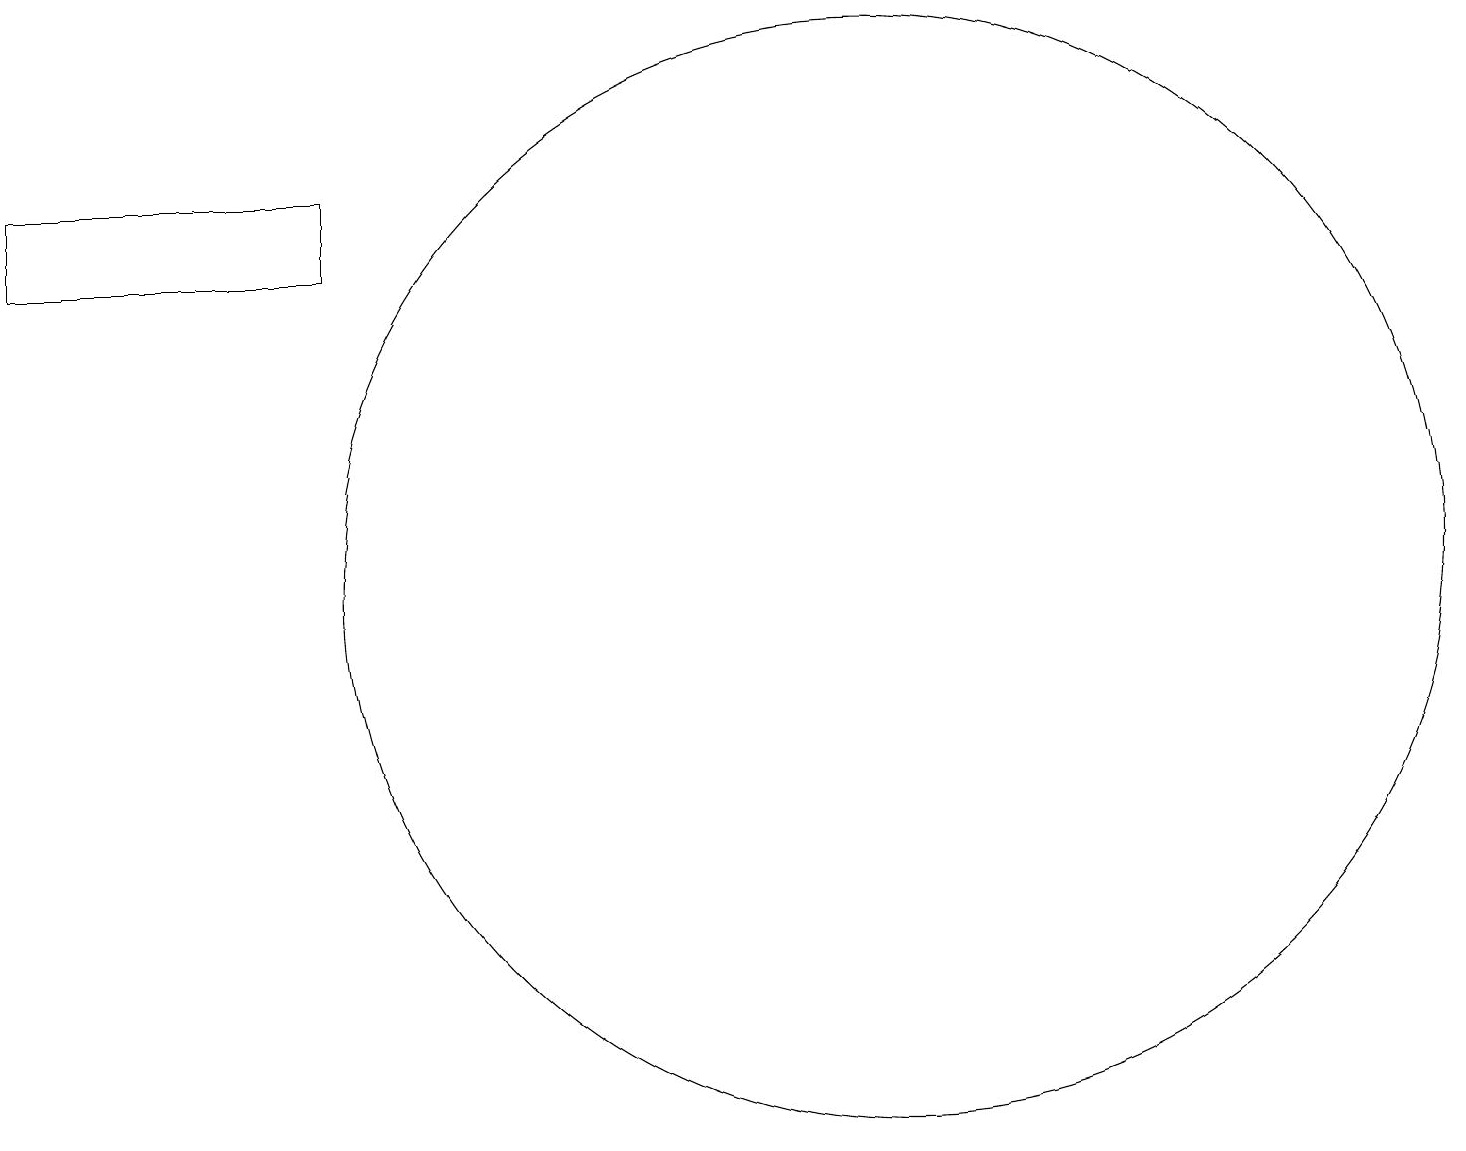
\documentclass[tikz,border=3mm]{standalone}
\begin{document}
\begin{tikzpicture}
\draw (11,11) circle (0);
\draw (12,10) circle (7);
\draw (1,15) rectangle (5,14);
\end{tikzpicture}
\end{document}